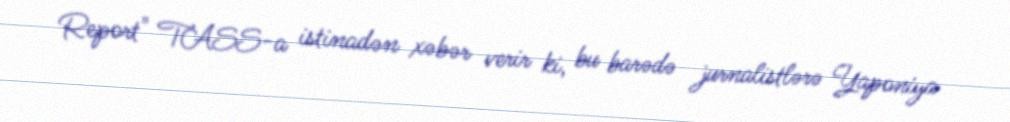
Report" TASS-a istinadən xəbər verir ki, bu barədə jurnalistlərə Yaponiya